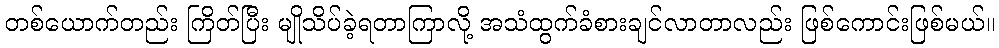
တစ်ယောက်တည်း ကြိတ်ပြီး မျိုသိပ်ခဲ့ရတာကြာလို့ အသံထွက်ခံစားချင်လာတာလည်း ဖြစ်ကောင်းဖြစ်မယ်။